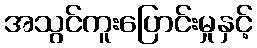
အသွင်ကူးပြောင်းမှုနှင့်